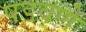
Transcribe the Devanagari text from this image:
पडवणे